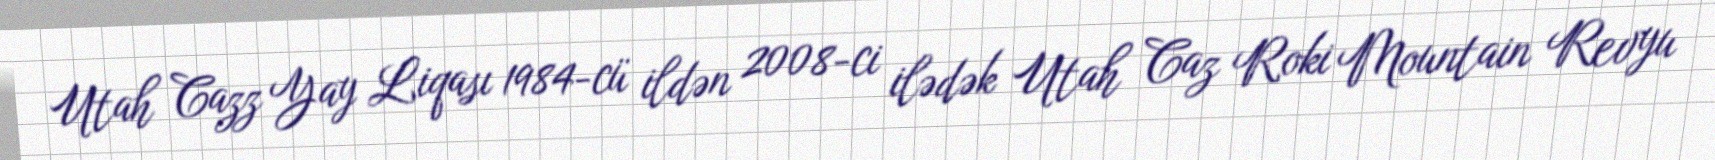
Utah Cazz Yay Liqası 1984-cü ildən 2008-ci ilədək Utah Caz Roki Mountain Revyu